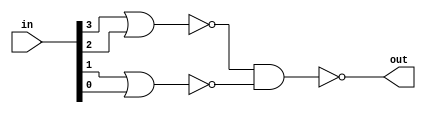
module nor_nand (in,out );
   input [3:0] in;
   output      out;
   wire        w1;
   wire        w2;
   

   nor(w1,in[3],in[2]);
   nor(w2,in[1],in[0]);
   nand(out,w1,w2);
endmodule